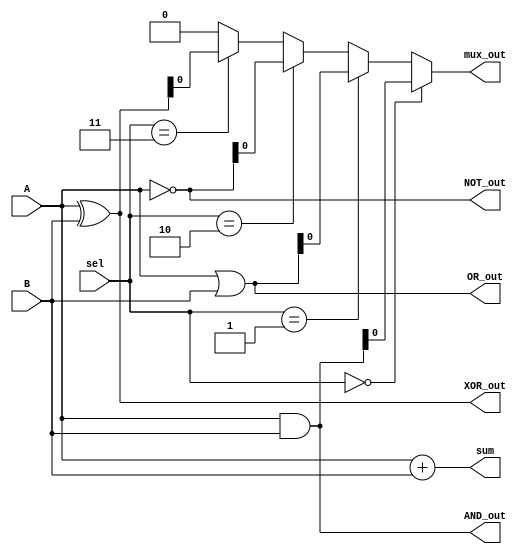
module combinational_logic_block (
    input wire [3:0] A,          // 4-bit input A
    input wire [3:0] B,          // 4-bit input B
    input wire [1:0] sel,        // 2-bit selector for multiplexer
    output wire [3:0] AND_out,   // AND output
    output wire [3:0] OR_out,    // OR output
    output wire [3:0] NOT_out,   // NOT output
    output wire [3:0] XOR_out,   // XOR output
    output wire [3:0] sum,       // Sum output for adder
    output wire mux_out          // MUX output
);

// AND, OR, NOT, XOR Logic
assign AND_out = A & B;        // AND operation
assign OR_out = A | B;         // OR operation
assign NOT_out = ~A;           // NOT operation (inverts A)
assign XOR_out = A ^ B;        // XOR operation

// 4-bit Ripple Carry Adder
wire [3:0] carry;
assign {carry[3], sum} = A + B; // Simple addition (A + B)

// 2-to-1 Multiplexer
assign mux_out = (sel == 2'b00) ? AND_out :
                 (sel == 2'b01) ? OR_out :
                 (sel == 2'b10) ? NOT_out :
                 (sel == 2'b11) ? XOR_out : 4'b0000; // Default case

endmodule